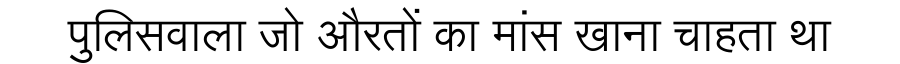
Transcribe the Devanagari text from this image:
पुलिसवाला जो औरतों का मांस खाना चाहता था